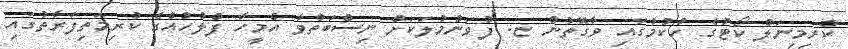
ކްރިމިނަލް ކޯޓުގެ ހުކުމުގައި ވާގޮތުން ޏ. ފުވަންމުލަކަށް ނިސްބަތްވާ އެމީހާ ފުލުހުއްގެ ކުރިމަތިފަރާތުގައި